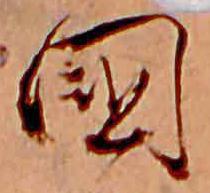
国